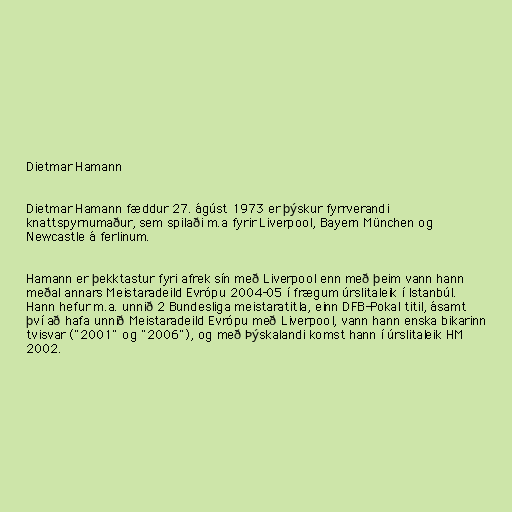
Dietmar Hamann

Dietmar Hamann fæddur 27. ágúst 1973 er þýskur fyrrverandi
knattspyrnumaður, sem spilaði m.a fyrir Liverpool, Bayern München og
Newcastle á ferlinum.

Hamann er þekktastur fyri afrek sín með Liverpool enn með þeim vann hann
meðal annars Meistaradeild Evrópu 2004-05 í frægum úrslitaleik í Istanbúl.
Hann hefur m.a. unnið 2 Bundesliga meistaratitla, einn DFB-Pokal titil, ásamt
því að hafa unnið Meistaradeild Evrópu með Liverpool, vann hann enska bikarinn
tvisvar ("2001" og "2006"), og með Þýskalandi komst hann í úrslitaleik HM
2002.